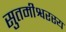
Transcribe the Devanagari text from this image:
सुतमीश्वरस्य